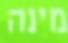
מינה